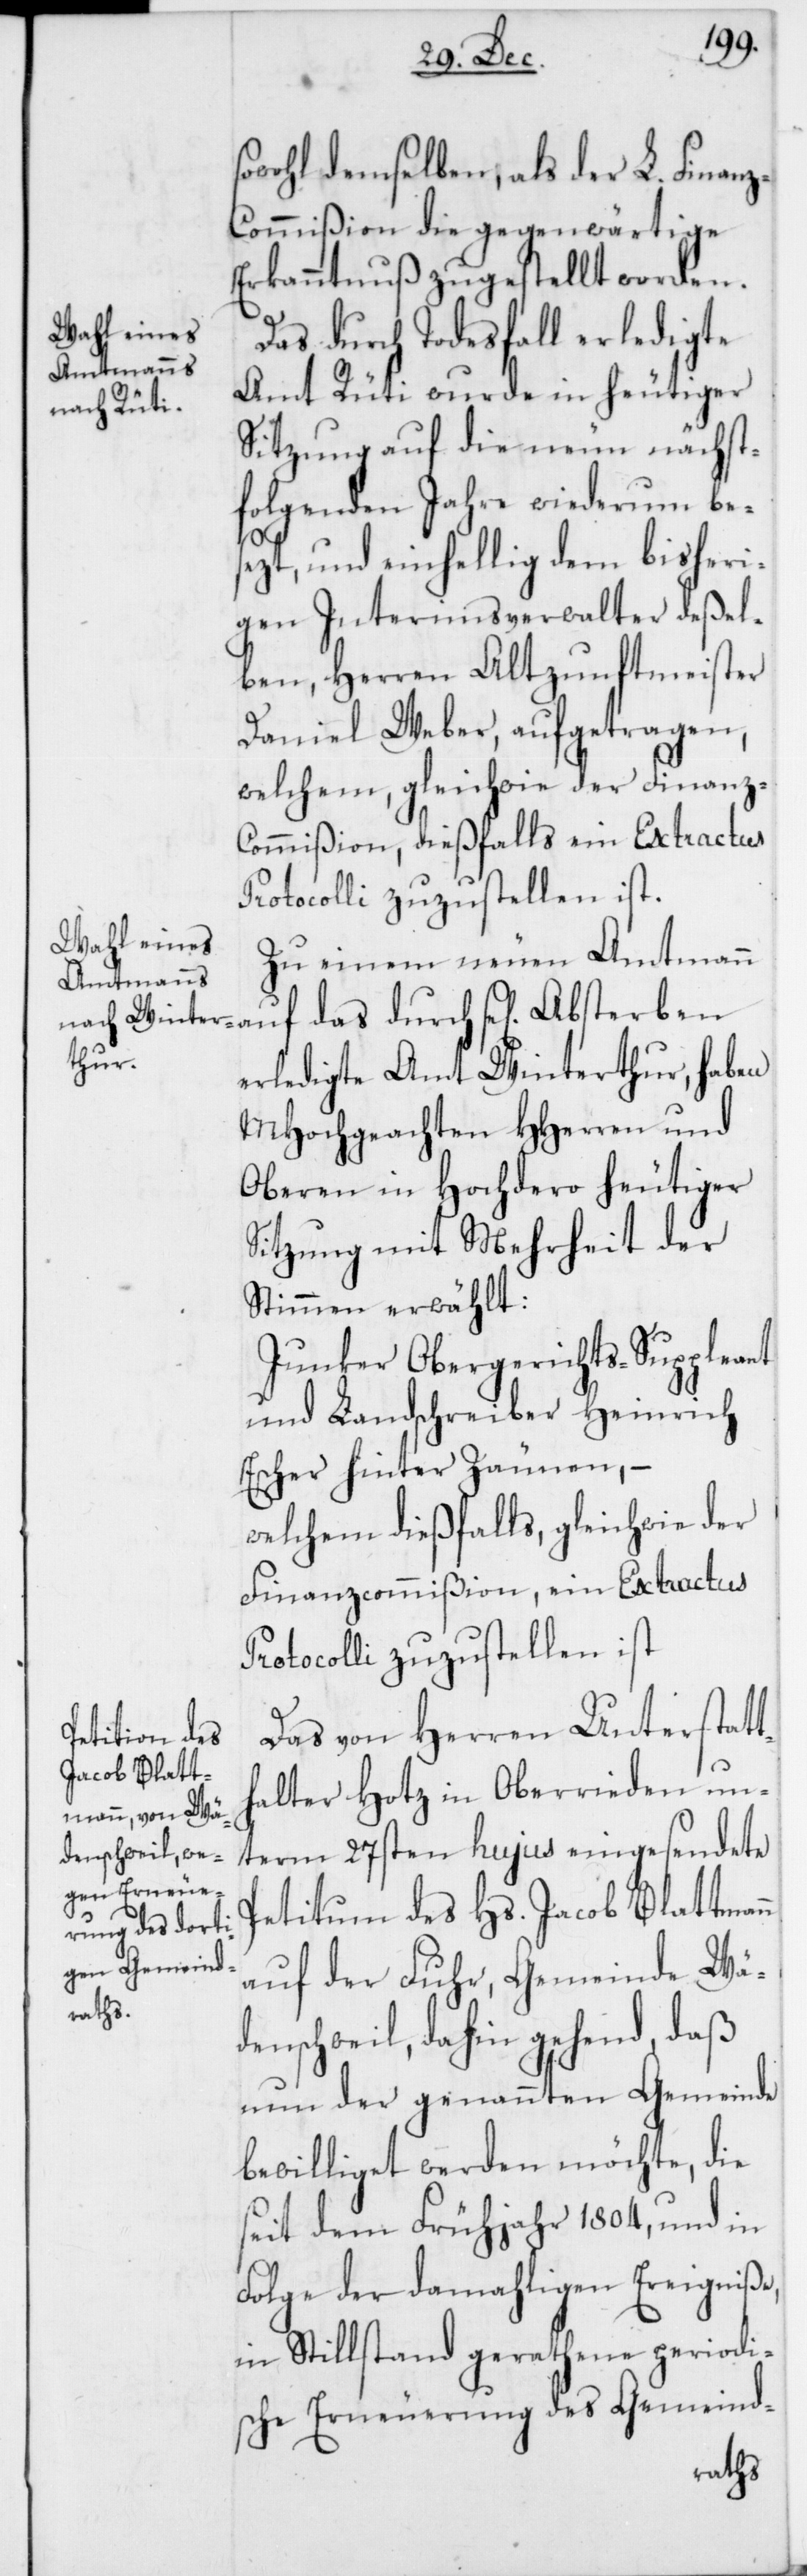
auf das
sowohl demselben, als der L. Finan¬
z-Commißion die gegenwärtige
Erkanntnuß zugestellt worden.
Das durch Todesfall erledigte
Amt Rüti wurde in heutiger
Sitzung auf die neun nächst¬
folgenden Jahre wiederum be¬
sezt, und einhellig dem bisheri¬
gen Interimsverwalter deßel¬
ben, Herren alt Zunftmeister
Daniel Weber, aufgetragen,
welchem, gleichwie der Finanz-C¬
ommißion, dießfalls ein Extractus
Protocolli zuzustellen ist.
Zu einem neuen Amtmann
erledigte Amt Winterthur, haben
MHochgeachten HHerren und
Oberen in Hochdero heutiger
Sitzung mit Mehrheit der
Stimmen erwählt:
Junker Obergerichts-Suppleant
und Landschreiber Heinrich
Escher hinter Zäunen, –
welchem dießfalls, gleich wie der
Finanzcommißion, ein Extractus
Das von Herren Unterstatt¬
halter Hotz in Oberrieden un¬
term 27sten hujus eingesendete
Petitum des Hs. Jacob Blattmann
auf der Fuhr, Gemeinde Wä¬
denschweil, dahin gehend, daß
nun der genannten Gemeinde
bewilliget werden möchte, die
seit dem Frühjahr 1804, und in
Folge der damahligen Ereigniße,
in Stillstand gerathene periodi¬
sche Erneuerung des Gemeind-